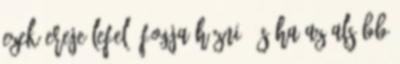
ezek ereje lefelé fogja húzni, és ha az alsóbb